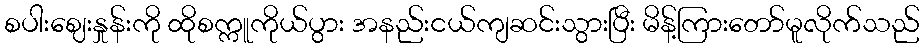
စပါးဈေးနှုန်းကို ထိုစက္ကူကိုယ်ပွား အနည်းငယ်ကျဆင်းသွားပြီး မိန့်ကြားတော်မူလိုက်သည်